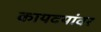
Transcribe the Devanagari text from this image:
कायदयांवर